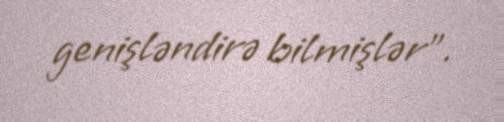
genişləndirə bilmişlər”.